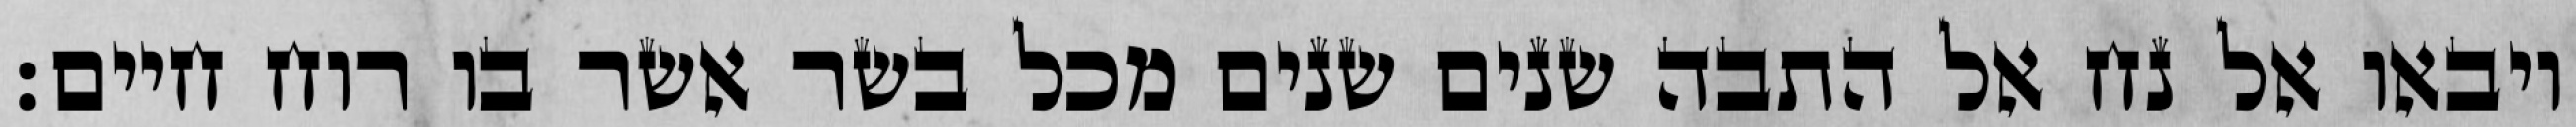
ויבאו אל נח אל התבה שנים שנים מכל בשר אשר בו רוח חיים׃